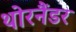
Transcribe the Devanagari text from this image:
थोरनैंडर